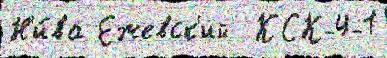
Н'и́ва Ежевск'ий  КСК-4-1